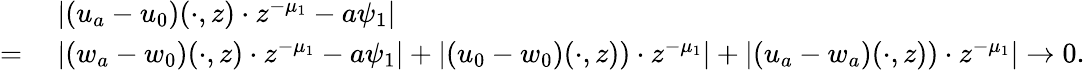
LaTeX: \begin{array}{rl}&{\ |(u_{a}-u_{0})(\cdot,z)\cdot z^{-\mu_{1}}-a\psi_{1}|}\\ {=}&{\ |(w_{a}-w_{0})(\cdot,z)\cdot z^{-\mu_{1}}-a\psi_{1}|+|(u_{0}-w_{0})(\cdot,z))\cdot z^{-\mu_{1}}|+|(u_{a}-w_{a})(\cdot,z))\cdot z^{-\mu_{1}}|\to 0.}\end{array}